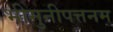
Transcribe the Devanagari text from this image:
भीमुनीपत्तनम